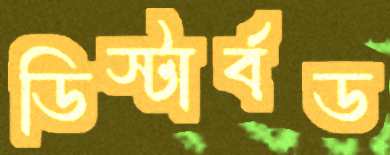
ডিস্টার্বড